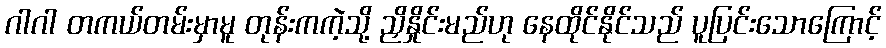
ဂါဂါ တကယ်တမ်းမှာမူ တုန်းကကဲ့သို့ ညှိနှိုင်းမည်ဟု နေထိုင်နိုင်သည် ပူပြင်းသောကြောင့်